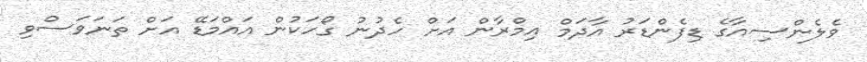
ވެލެންސިއާގެ ޑިފެންޑަރު އާދަމް އިމްރާން އަށް ހެދުނު ގޯހަކުން އައްމަޑޭ އަށް ތަނަވަސްވި